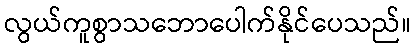
လွယ်ကူစွာသဘောပေါက်နိုင်ပေသည်။